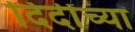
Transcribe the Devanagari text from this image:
दिदींच्या